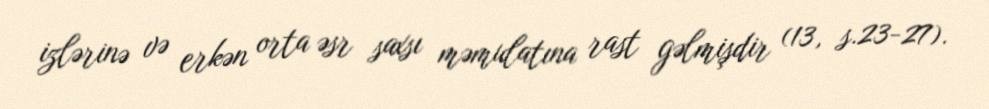
izlərinə və erkən orta əsr saxsı məmulatına rast gəlmişdir (13, s.23-27).